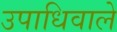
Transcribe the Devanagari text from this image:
उपाधिवाले